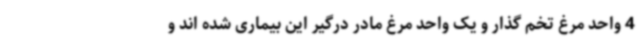
4 واحد مرغ تخم گذار و یک واحد مرغ مادر درگیر این بیماری شده اند و